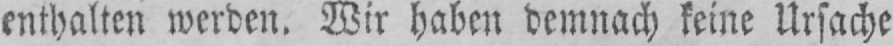
enthalten werden. Wir haben demnach keine Ursache